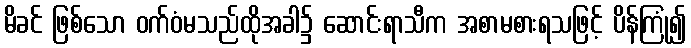
မိခင် ဖြစ်သော ဝက်ဝံမသည်ထိုအခါ၌ ဆောင်းရာသီက အစာမစားရသဖြင့် ပိန်ကြုံ၍